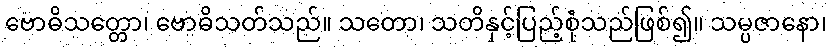
ဗောဓိသတ္တော၊ ဗောဓိသတ်သည်။ သတော၊ သတိနှင့်ပြည့်စုံသည်ဖြစ်၍။ သမ္ပဇာနော၊